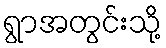
ရွာအတွင်းသို့